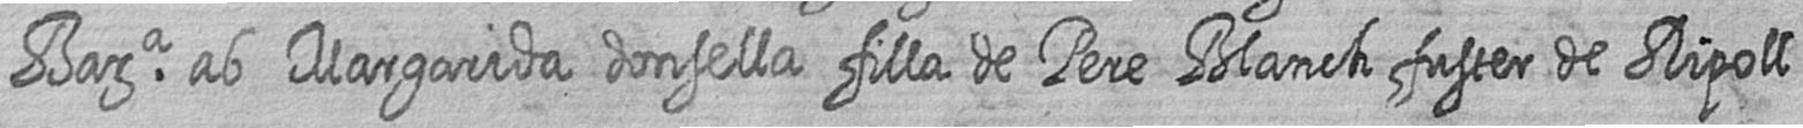
Bara ab Margarida donsella filla de Pere Blanch fuster de Ripoll